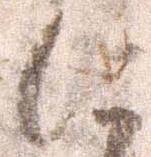
に